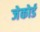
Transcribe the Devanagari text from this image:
जेकोर्ड